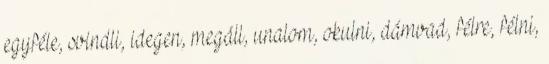
egyféle, svindli, idegen, megáll, unalom, okulni, dámvad, félre, félni,